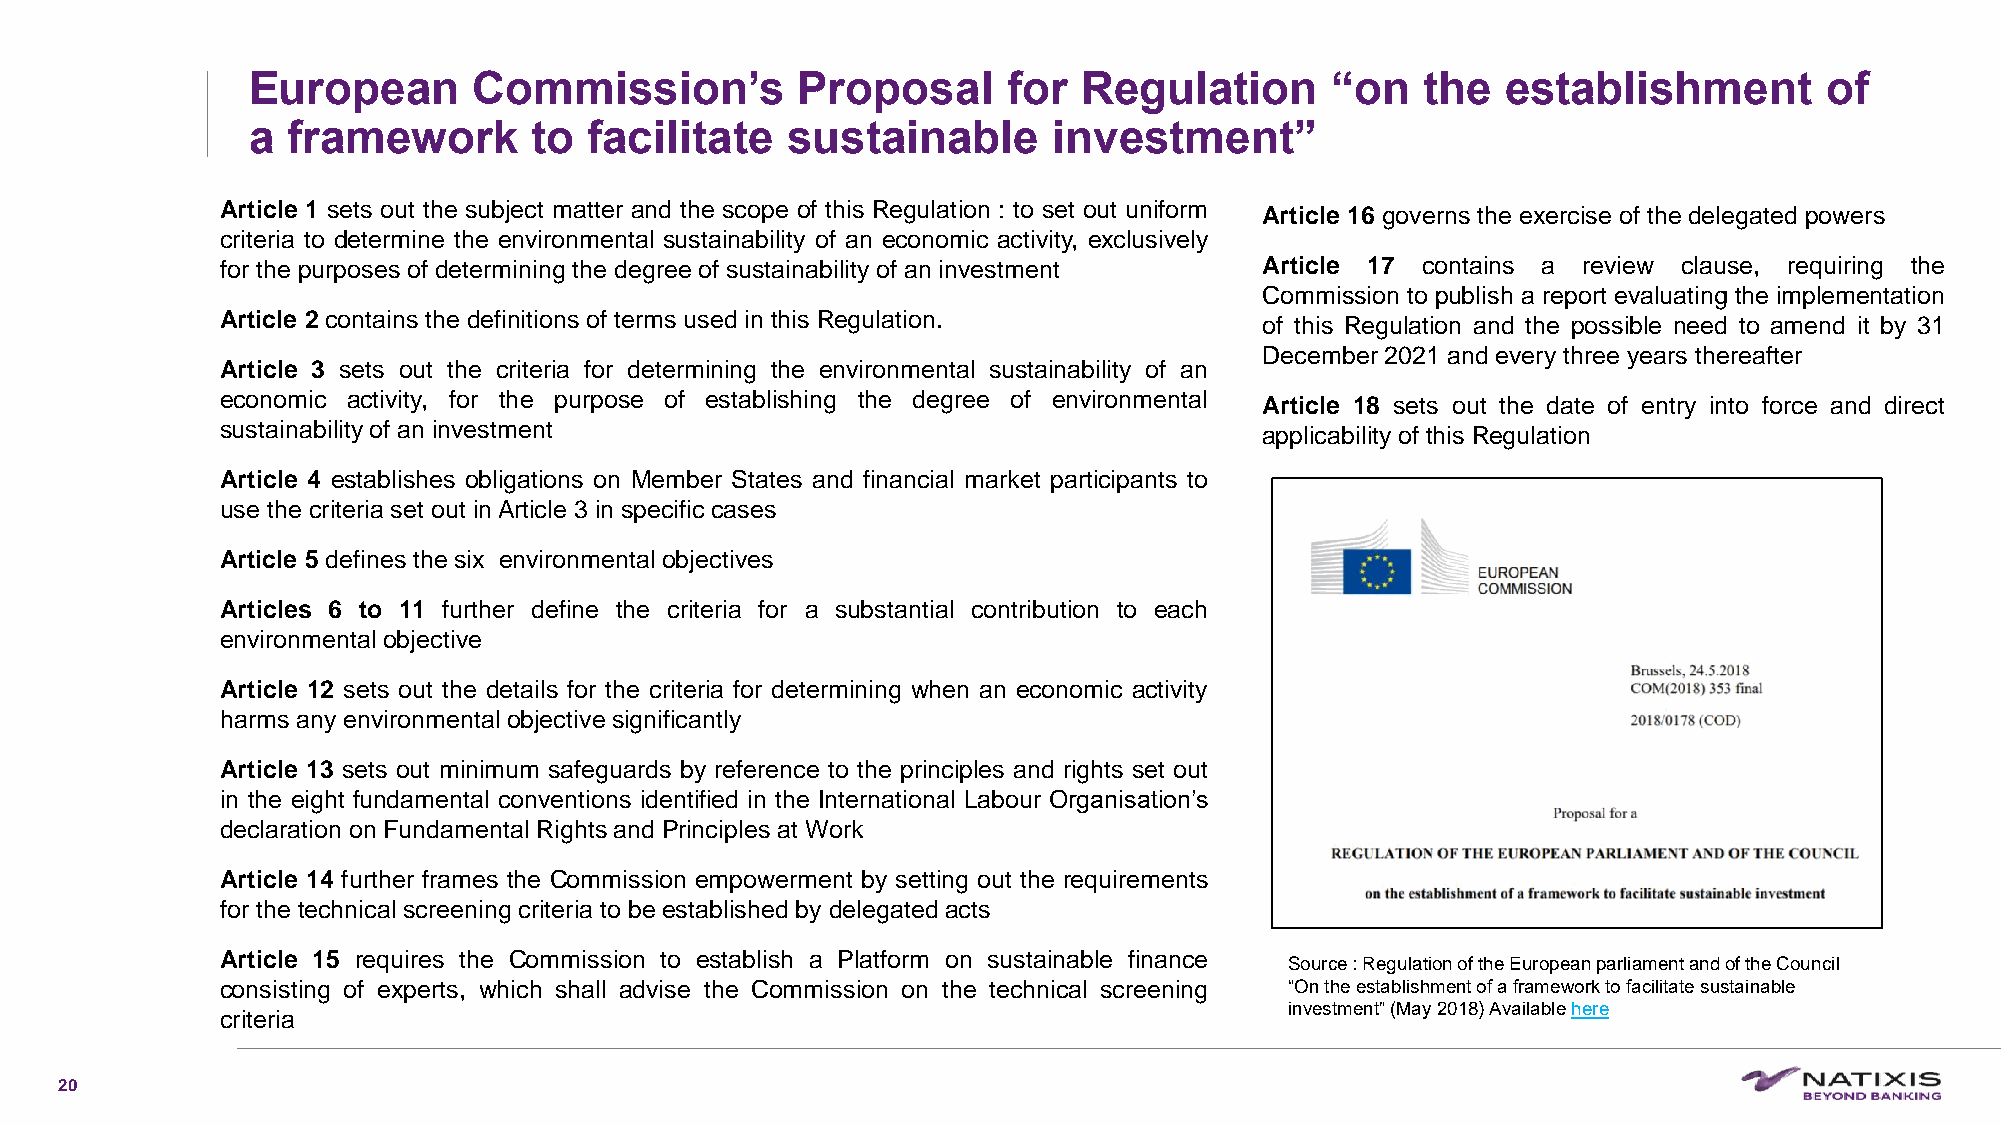
European       Commission’s          Proposal      for  Regulation      “on   the   establishment        of
 a  framework       to  facilitate   sustainable       investment”
 Article 1 sets out the subject matter and the scope of this Regulation : to set out uniform
 Article 16 governs the exercise of the delegated powers
 criteria to determine the environmental sustainability of an economic activity, exclusively
 for the purposes of determiningthe degree of sustainability of an investment Article 17 contains a review clause, requiring the
 Commission to publish a report evaluating the implementation
 Article 2 contains the definitions of terms used in this Regulation.
 of this Regulation and the possible need to amend it by 31
 December 2021 and every three years thereafter
 Article 3 sets out the criteria for determining the environmental sustainability of an
 economic activity, for the purpose of establishing the degree of environmental
 Article 18 sets out the date of entry into force and direct
 sustainability of an investment
 applicability of this Regulation
 Article 4 establishes obligations on Member States and financial market participants to
 use the criteria set out inArticle 3 in specific cases
 Article 5 defines the six environmental objectives
 Articles 6 to 11 further define the criteria for a substantial contribution to each
 environmental objective
 Article 12 sets out the details for the criteria for determining when an economic activity
 harms any environmental objective significantly
 Article 13 sets out minimum safeguards by reference to the principles and rights set out
 in the eight fundamental conventions identified in the International Labour Organisation’s
 declaration onFundamental Rights and Principles at Work
 Article 14 further frames the Commission empowerment by setting out the requirements
 for the technical screening criteria to be establishedby delegatedacts
 Article 15 requires the Commission to establish a Platform on sustainable finance
 Source : Regulation of the European parliament and of the Council
 consisting of experts, which shall advise the Commission on the technical screening “On the establishment of a framework to facilitate sustainable
 investment” (May 2018) Available here
 criteria
 20
 C1-PublicNat